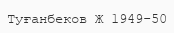
Туғанбеков Ж 1949-50